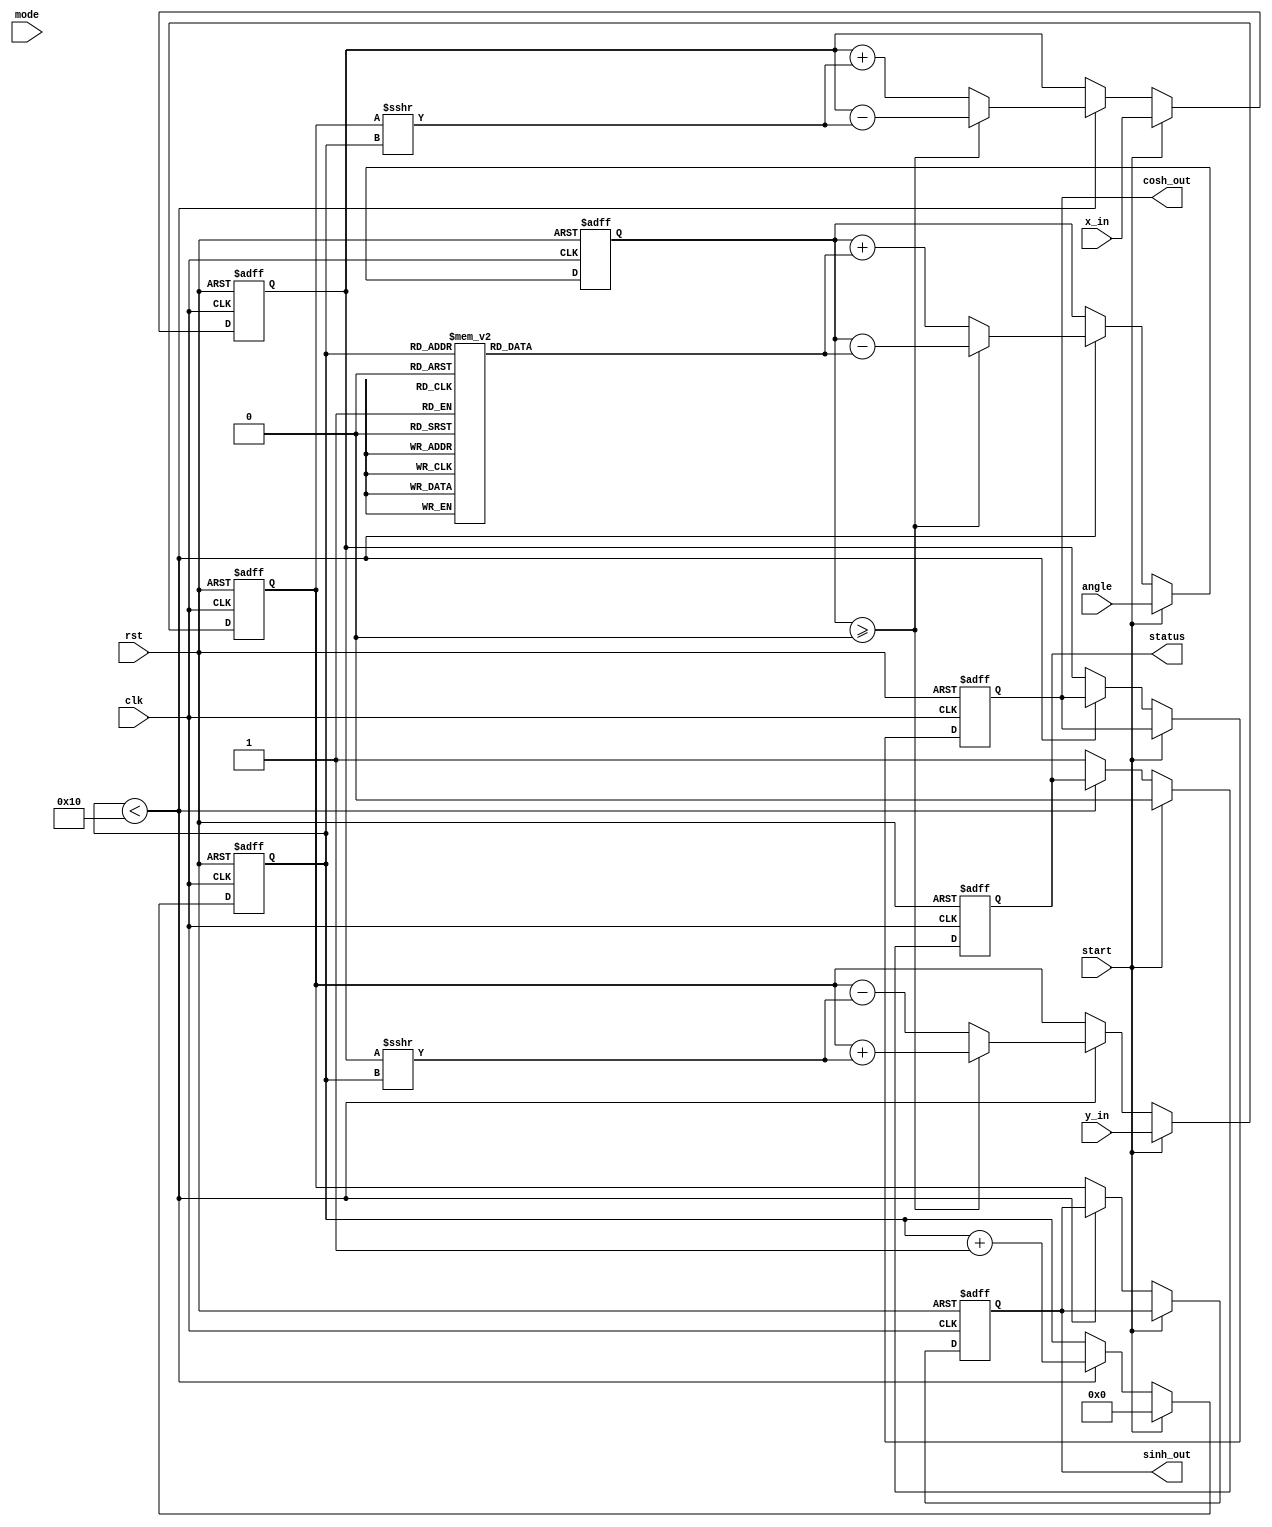
module hyperbolic_cordic (
    input wire clk,
    input wire rst,
    input wire start,
    input wire [15:0] x_in,      // Fixed-point representation of X
    input wire [15:0] y_in,      // Fixed-point representation of Y
    input wire [15:0] angle,      // Angle of rotation (in radians)
    input wire mode,              // Mode: 0 for circular, 1 for hyperbolic
    output reg [15:0] sinh_out,   // Output for sinh(X)
    output reg [15:0] cosh_out,   // Output for cosh(X)
    output reg status             // Status signal indicating completion
);

    // Parameters
    parameter NUM_ITERATIONS = 16; // Number of CORDIC iterations
    parameter FIXED_POINT_FRACTIONAL_BITS = 14; // Number of fractional bits in fixed-point representation

    // Internal registers
    reg [15:0] x;                 // Current X value
    reg [15:0] y;                 // Current Y value
    reg [15:0] z;                 // Current angle
    reg [3:0] iteration;          // Iteration counter
    reg [15:0] angle_table [0:NUM_ITERATIONS-1]; // Angle lookup table

    // Initialize angle lookup table for hyperbolic functions
    initial begin
        angle_table[0] = 16'h0000; // arctanh(0)
        angle_table[1] = 16'h1C71; // arctanh(1/2)
        angle_table[2] = 16'h1A6E; // arctanh(1/4)
        angle_table[3] = 16'h186A; // arctanh(1/8)
        angle_table[4] = 16'h172B; // arctanh(1/16)
        angle_table[5] = 16'h1602; // arctanh(1/32)
        angle_table[6] = 16'h14E3; // arctanh(1/64)
        angle_table[7] = 16'h13C5; // arctanh(1/128)
        angle_table[8] = 16'h12A8; // arctanh(1/256)
        angle_table[9] = 16'h118D; // arctanh(1/512)
        angle_table[10] = 16'h1073; // arctanh(1/1024)
        angle_table[11] = 16'h0F5A; // arctanh(1/2048)
        angle_table[12] = 16'h0E42; // arctanh(1/4096)
        angle_table[13] = 16'h0D2C; // arctanh(1/8192)
        angle_table[14] = 16'h0C17; // arctanh(1/16384)
        angle_table[15] = 16'h0B0B; // arctanh(1/32768)
    end

    // Control logic
    always @(posedge clk or posedge rst) begin
        if (rst) begin
            x <= 0;
            y <= 0;
            z <= 0;
            iteration <= 0;
            sinh_out <= 0;
            cosh_out <= 0;
            status <= 0;
        end else if (start) begin
            // Initialize inputs
            x <= x_in;
            y <= y_in;
            z <= angle;
            iteration <= 0;
            status <= 0;
        end else if (iteration < NUM_ITERATIONS) begin
            // CORDIC iteration
            if (z >= 0) begin
                // Rotate counter-clockwise
                x <= x - (y >>> iteration);
                y <= y + (x >>> iteration);
                z <= z - angle_table[iteration];
            end else begin
                // Rotate clockwise
                x <= x + (y >>> iteration);
                y <= y - (x >>> iteration);
                z <= z + angle_table[iteration];
            end
            iteration <= iteration + 1;
        end else begin
            // Output results
            sinh_out <= y; // Final y value is sinh
            cosh_out <= x; // Final x value is cosh
            status <= 1;    // Indicate completion
        end
    end

endmodule